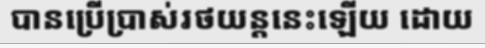
បានប្រើប្រាស់រថយន្តនេះឡើយ ដោយ